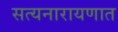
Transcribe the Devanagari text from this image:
सत्यनारायणात